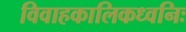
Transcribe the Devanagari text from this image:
विवाहकालिकध्वनिः